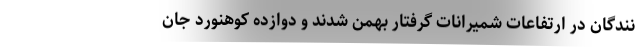
نندگان در ارتفاعات شمیرانات گرفتار بهمن شدند و دوازده کوهنورد جان